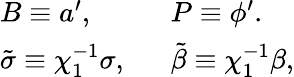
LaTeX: \left.\begin{array}{ll}{{B\equiv a^{\prime},\ \ }}&{{P\equiv\phi^{\prime}.}}\\ {{\tilde{\sigma}\equiv\chi_{1}^{-1}\sigma,\ \ }}&{{\tilde{\beta}\equiv\chi_{1}^{-1}\beta,}}\end{array}\right.